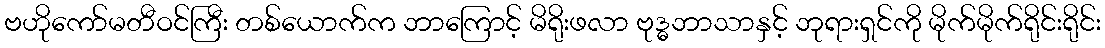
ဗဟိုကော်မတီဝင်ကြီး တစ်ယောက်က ဘာကြောင့် မိရိုးဖလာ ဗုဒ္ဓဘာသာနှင့် ဘုရားရှင်ကို မိုက်မိုက်ရိုင်းရိုင်း